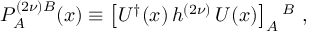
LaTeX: { \cal P } _ { A } ^ { ( 2 \nu ) B } ( x ) \equiv \left[ U ^ { \dagger } ( x ) \, h ^ { ( 2 \nu ) } \, U ( x ) \right] _ { A } { } ^ { B } ~ ,